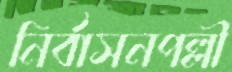
নির্বাসনপল্লী